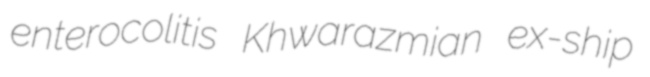
enterocolitis Khwarazmian ex-ship